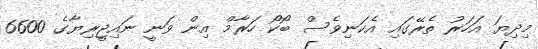
މިދިޔަ އަހަރު ތެރޭގައި އެކަނިވެސް ބޯކޯ ހަރާމް އިން ވަނީ ނައިޖީރިޔާގެ 6600